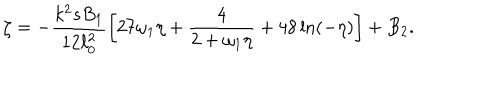
\zeta = - \frac { k ^ { 2 } s B _ { 1 } } { 1 2 \ell _ { 0 } ^ { 2 } } \biggl [ 2 7 \omega _ { 1 } \eta + \frac { 4 } { 2 + \omega _ { 1 } \eta } + 4 8 \ln ( - \eta ) \biggr ] + B _ { 2 } .